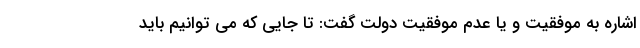
اشاره به موفقیت و یا عدم موفقیت دولت گفت: تا جایی که می توانیم باید